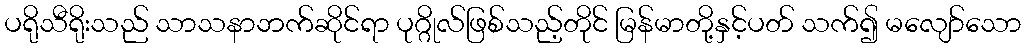
ပရိုသီရိုးသည် သာသနာဘက်ဆိုင်ရာ ပုဂ္ဂိုလ်ဖြစ်သည့်တိုင် မြန်မာတို့နှင့်ပတ် သက်၍ မလျော်သော